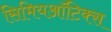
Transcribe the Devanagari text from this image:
सिमियऑटिक्स